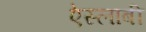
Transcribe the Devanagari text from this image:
ऐस्लाबी